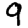
Digit: 9